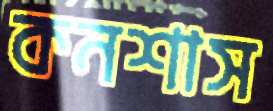
কনশাস